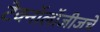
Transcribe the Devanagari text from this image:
टेक्नॉलॉजीजचे